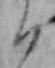
ハ